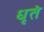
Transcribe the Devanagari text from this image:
धृतं